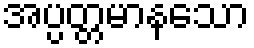
အပ္ပတ္တမာနသော